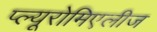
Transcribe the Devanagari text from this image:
प्ल्यूरोमिएलीज